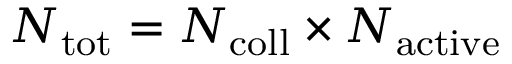
N _ { \mathrm { t o t } } = N _ { \mathrm { c o l l } } \times N _ { \mathrm { a c t i v e } }